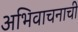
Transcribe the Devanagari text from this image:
अभिवाचनाची